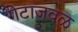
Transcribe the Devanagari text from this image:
गेटाजवळ